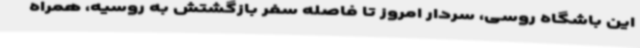
این باشگاه روسی، سردار امروز تا فاصله سفر بازگشتش به روسیه، همراه